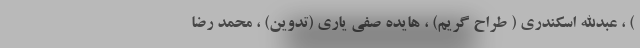
) ، عبدالله اسکندری ( طراح گریم) ، هایده صفی یاری (تدوین) ، محمد رضا